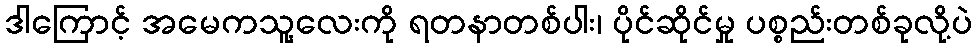
ဒါကြောင့် အမေကသူ့လေးကို ရတနာတစ်ပါး၊ ပိုင်ဆိုင်မှု ပစ္စည်းတစ်ခုလို့ပဲ